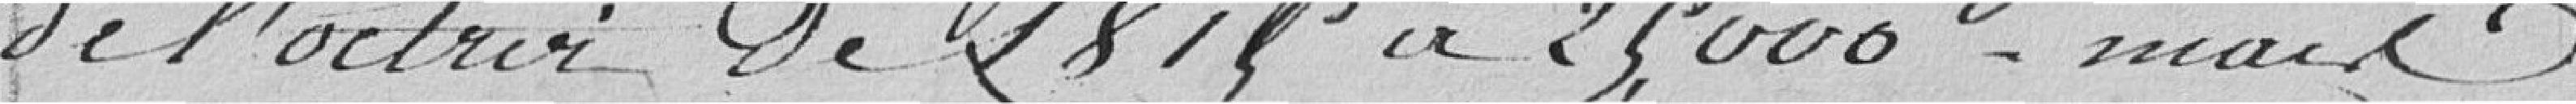
de l'octroi de 1815 à 25.000 mais